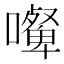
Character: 𰈿